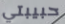
حبيبتي